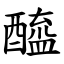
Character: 醯